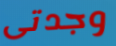
وجدتى